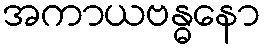
အကာယဗန္ဓနော